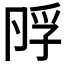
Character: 𡥭